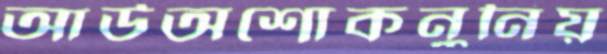
আউঅশোকনুনিয়